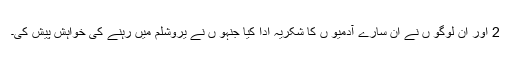
2 اور ان لوگو ں نے ان سارے آدمیو ں کا شکریہ ادا کیا جنہو ں نے یروشلم میں رہنے کی خواہش پیش کی۔